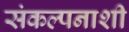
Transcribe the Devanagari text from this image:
संकल्पनाशी